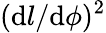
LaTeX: (\mathrm{d}l/\mathrm{d}\phi)^{2}